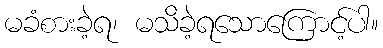
မခံစားခဲ့ရ၊ မသိခဲ့ရသောကြောင့်ပါ။